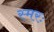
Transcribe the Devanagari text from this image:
स्मरः